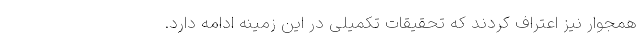
همجوار نیز اعتراف کردند که تحقیقات تکمیلی در این زمینه ادامه دارد.